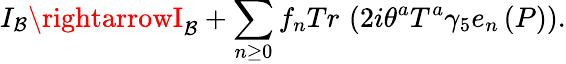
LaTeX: I_{\mathcal{B}}\rightarrowI_{\mathcal{B}}+\sum_{n\geq0}f_{n}Tr\, \left(2i\theta^{a}T^{a}\gamma_{5}e_{n}\left(P\right)\right).